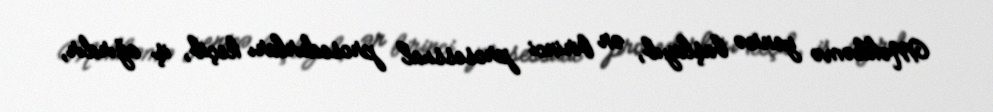
Məhkəmə yenicə başlayıb, ən birinci prosessual prosedurları keçib, iş ağırdır,